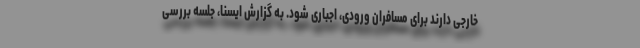
خارجی دارند برای مسافران ورودی، اجباری شود. به گزارش ایسنا، جلسه بررسی